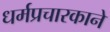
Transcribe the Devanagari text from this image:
धर्मप्रचारकाने